Problem: 7 × 9 = ?
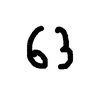
Handwritten answer: 63